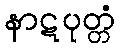
နာဋပုတ္တံ